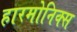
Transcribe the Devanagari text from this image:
हारमोनिक्स